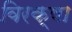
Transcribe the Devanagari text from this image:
विरक्षा